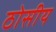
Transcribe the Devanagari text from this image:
ठोसीय